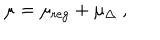
LaTeX: \mu = \mu _ { \mathrm { r e g } } + \mu _ { \Delta } \ ,